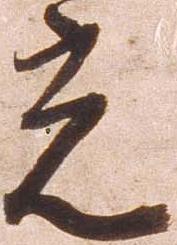
光